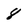
Character: 8